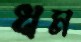
ধম